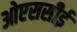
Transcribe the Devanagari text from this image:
ओएससीई